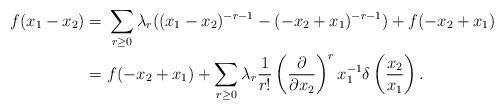
LaTeX: \begin{align*}f(x_1-x_2) =\ & \sum_{r\ge 0}\lambda_r ((x_1-x_2)^{-r-1}-(-x_2+x_1)^{-r-1})+f(-x_2+x_1)\\=\ & f(-x_2+x_1)+\sum_{r\ge 0}\lambda_{r}\frac{1}{r!}\left(\frac{\partial}{\partial x_2}\right)^rx_1^{-1}\delta\left(\frac{x_2}{x_1}\right).\end{align*}